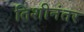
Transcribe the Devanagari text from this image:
तिशीनंतर